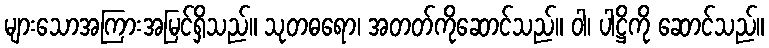
များသောအကြားအမြင်ရှိသည်။ သုတဓရော၊ အတတ်ကိုဆောင်သည်။ ဝါ၊ ပါဋ္ဌိကို ဆောင်သည်။